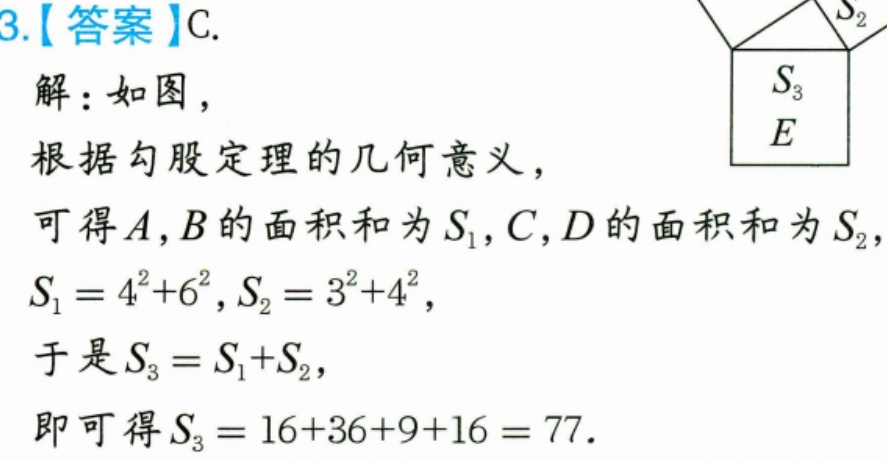
3.【答案】C.
解：如图，
根据勾股定理的几何意义，
可得\(A,B\)的面积和为\(S_{1}\)，\(C,D\)的面积和为\(S_{2}\)，
\(S_{1}=4^{2}+6^{2}\)，\(S_{2}=3^{2}+4^{2}\)，
于是\(S_{3}=S_{1}+S_{2}\)，
即可得\(S_{3}=16 + 36+9+16 = 77\).